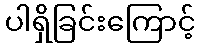
ပါရှိခြင်းကြောင့်